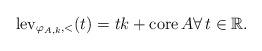
LaTeX: \begin{align*} \operatorname*{lev}\nolimits_{\varphi_{A,k},<}(t)=tk+ \operatorname*{core}A \forall\, t \in \mathbb{R}. \end{align*}